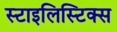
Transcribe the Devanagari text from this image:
स्टाइलिस्टिक्स